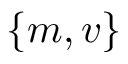
\{ m , v \}